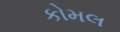
કોમલ